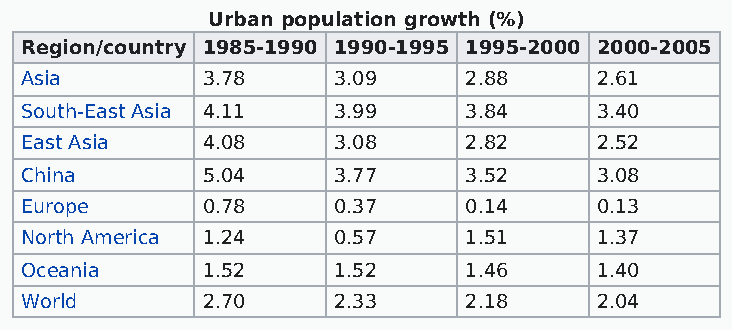
Urban population growth (%)
 Region/country 1985-1990 1990-1995 1995-2000 2000-2005
 Asia        3.78     3.09     2.88    2.61
 South-East Asia 4.11 3.99     3.84    3.40
 East Asia   4.08     3.08     2.82    2.52
 China       5.04     3.77     3.52    3.08
 Europe      0.78     0.37     0.14    0.13
 North America 1.24   0.57     1.51    1.37
 Oceania     1.52     1.52     1.46    1.40
 World       2.70     2.33     2.18    2.04